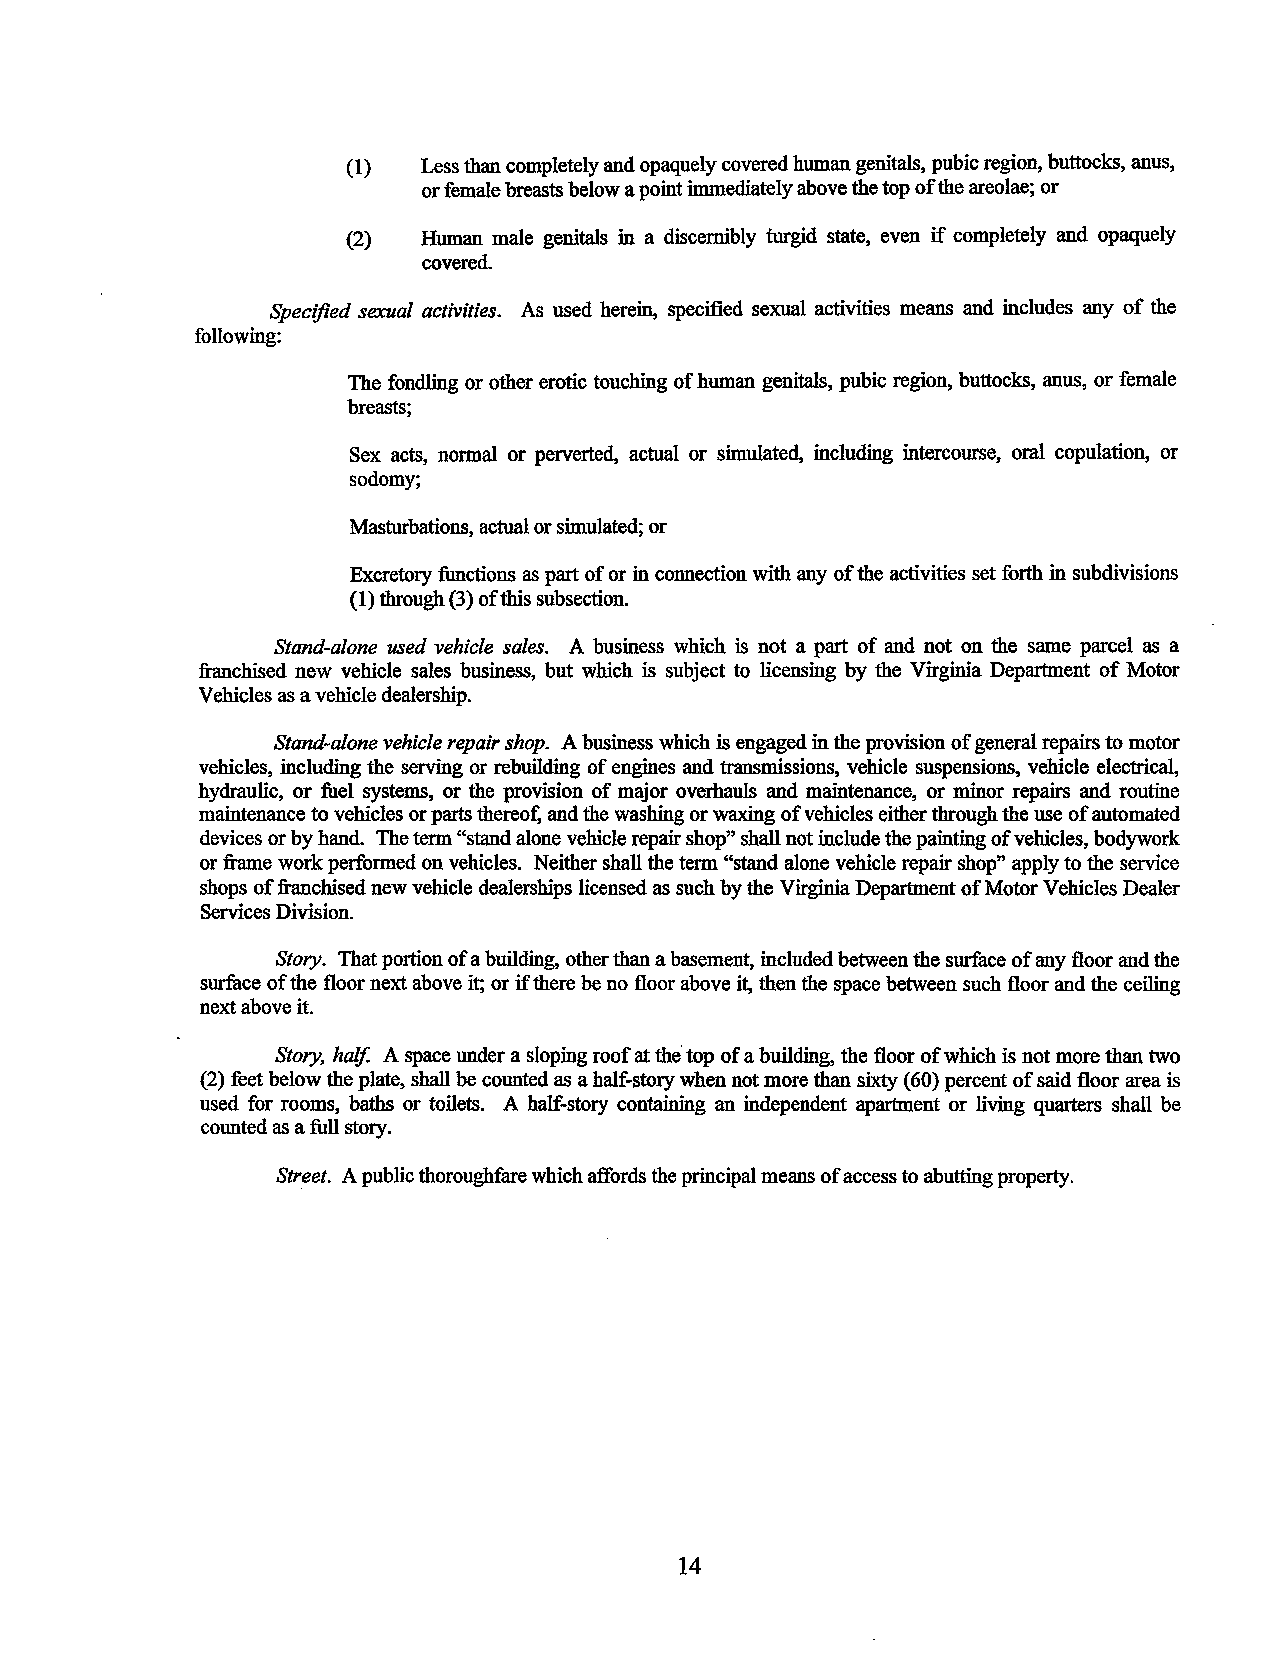
(1)  Less than completely and opaquely covered human genitals, pubic region, buttocks, anus,
 or female breasts below a point immediately above the top of the areolae; or
 (2)  Human male genitals in a discernibly turgid state, even if completely and opaquely
 covered.
 Specified sexual activities. As used herein, specified sexual activities means and includes any of the
 following:
 The fondling or other erotic touching of human genitals, pubic region, buttocks, anus, or female
 breasts;
 Sex acts, normal or perverted, actual or simulated, including intercourse, oral copulation, or
 sodomy;
 Masturbations, actual or simulated; or
 Excretory functions as part of or in connection with any of the activities set forth in subdivisions
 (1) through (3) of this subsection.
 Stand-a/one used vehicle sales. A business which is not a part of and not on the same parcel as a
 franchised new vehicle sales business, but which is subject to licensing by the Virginia Department of Motor
 Vehicles as a vehicle dealership.
 Stand-a/one vehicle repair shop. A business which is engaged in the provision of general repairs to motor
 vehicles, including the serving or rebuilding of engines and transmissions, vehicle suspensions, vehicle electrical,
 hydraulic, or fuel systems, or the provision of major overhauls and maintenance, or minor repairs and routine
 maintenance to vehicles or parts thereof, and the washing or waxing of vehicles either through the use of automated
 devices or by hand. The term "stand alone vehicle repair shop" shall not include the painting of vehicles, bodywork
 or frame work performed on vehicles. Neither shall the term "stand alone vehicle repair shop" apply to the service
 shops of franchised new vehicle dealerships licensed as such by the Virginia Department of Motor Vehicles Dealer
 Services Division.
 Story. That portion of a building, other than a basement, included between the surface of any floor and the
 surface of the floor next above it; or if there be no floor above it, then the space between such floor and the ceiling
 next above it.
 Story, half. A space under a sloping roof at the· top of a building, the floor of which is not more than two
 (2) feet below the plate, shall be counted as a half-story when not more than sixty (60) percent of said floor area is
 used for rooms, baths or toilets. A half-story containing an independent apartment or living quarters shall be
 counted as a full story.
 Street. A public thoroughfare which affords the principal means of access to abutting property.
 14